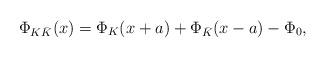
LaTeX: \begin{align*}\Phi_{K\bar{K}}(x) = \Phi_K(x+a) + \Phi_{\bar{K}}(x-a) - \Phi_0,\end{align*}